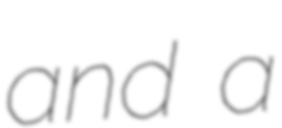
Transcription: and a